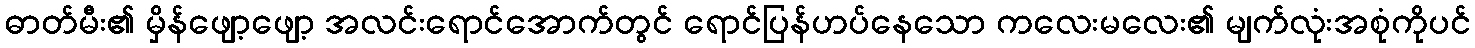
ဓာတ်မီး၏ မှိန်ဖျော့ဖျော့ အလင်းရောင်အောက်တွင် ရောင်ပြန်ဟပ်နေသော ကလေးမလေး၏ မျက်လုံးအစုံကိုပင်